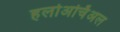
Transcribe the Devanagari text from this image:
हलोअर्चिअल